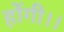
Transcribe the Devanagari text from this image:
होंगी।।